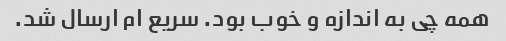
همه چی به اندازه و خوب بود. سریع ام ارسال شد.